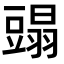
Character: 𧰂